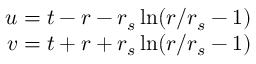
\begin{array} { r } { u = t - r - r _ { s } \ln ( r / r _ { s } - 1 ) } \\ { v = t + r + r _ { s } \ln ( r / r _ { s } - 1 ) } \end{array}